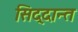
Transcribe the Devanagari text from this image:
सिद्दान्त